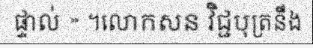
ផ្ទាល់ » ។លោកសន វិជ្ជបុត្រនឹង